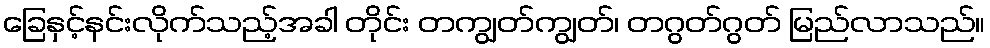
ခြေနှင့်နင်းလိုက်သည့်အခါ တိုင်း တကျွတ်ကျွတ်၊ တဂွတ်ဂွတ် မြည်လာသည်။